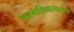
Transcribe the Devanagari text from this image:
परमशिवस्वरूप